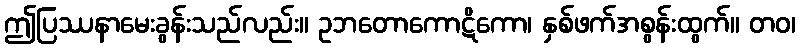
ဤပြဿနာမေးခွန်းသည်လည်း။ ဥဘတောကောဋိကော၊ နှစ်ဖက်အစွန်းထွက်။ တဝ၊